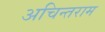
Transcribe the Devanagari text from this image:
अचिन्तराम